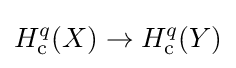
H_{\mathrm {c} }^{q}(X)\to H_{\mathrm {c} }^{q}(Y)